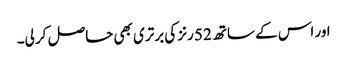
اور اس کے ساتھ 52 رنز کی برتری بھی حاصل کر لی۔